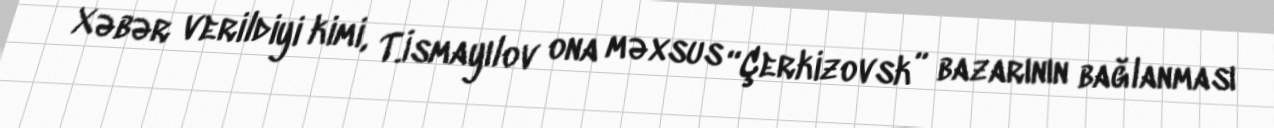
Xəbər verildiyi kimi, T.İsmayılov ona məxsus “Çerkizovsk” bazarının bağlanması